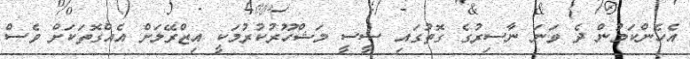
އެހެންކަމުން ދެ ވަނަ ނާސިރުގެ ގޮތުގައި ސީސީ މަޝްހޫރުކުރުމަކީ އިޒްރޭލަށް އެއްގޮތަކަށް ވެސް